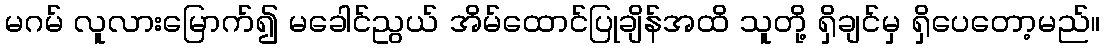
မဂမ် လူလားမြောက်၍ မခေါင်ညွယ် အိမ်ထောင်ပြုချိန်အထိ သူတို့ ရှိချင်မှ ရှိပေတော့မည်။